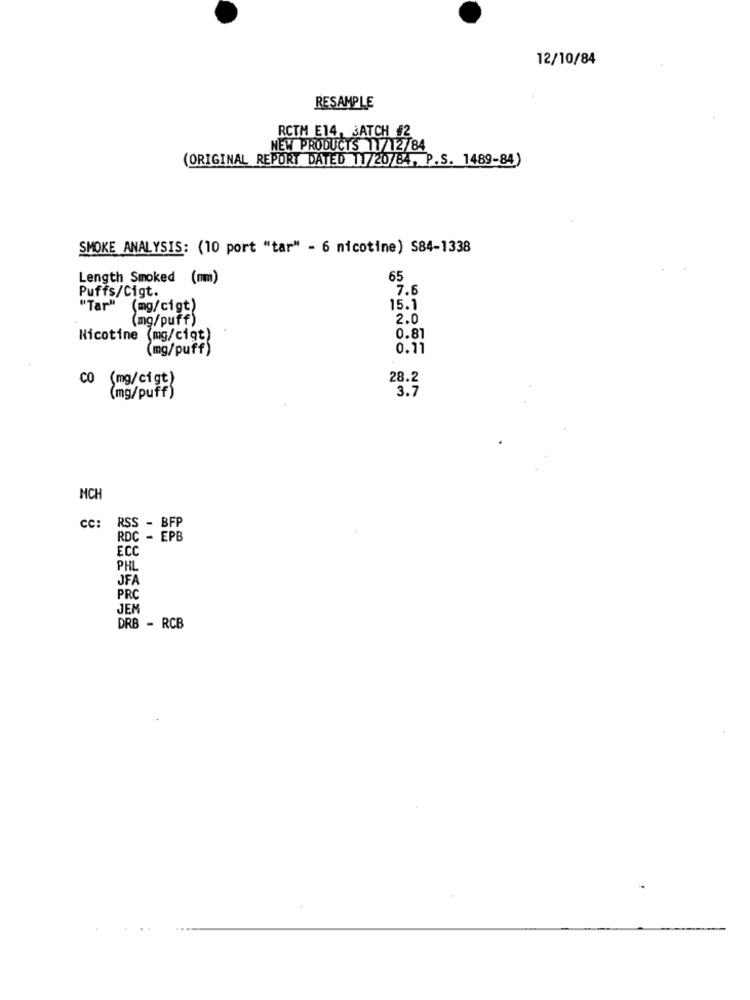
12/10/84
RESAMPLE
RCTM E14, BATCH #2
NEW PRODUCTS 11/12/84
(ORIGINAL REPORT DATED 11/20/84, P.S. 1489-84)
SMOKE ANALYSIS: (10 port "tar" - 6 nicotine) S84-1338
Length Smoked (mm)
65
Puffs/Cigt.
7.6
"Tar"
(mg/cigt)
15.1
(mg/puff)
2.0
Nicotine (mg/cigt)
0.81
mg/puff)
0.11
CO (mg/cigt)
28.2
3.7
(mg/puff)
MCH
cc:
RSS - BFP
RDC - EPB
ECC
PHL
JFA
PRC
JEM
DRB - RCB